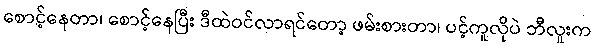
စောင့်နေတာ၊ စောင့်နေပြီး ဒီထဲဝင်လာရင်တော့ ဖမ်းစားတာ၊ ပင့်ကူလိုပဲ ဘီလူးက